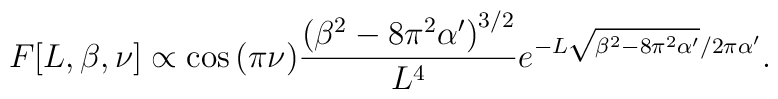
F[L,\beta,\nu] \propto \cos{(\pi\nu)} \frac{\left(\beta^2-8\pi^2\alpha'\right)^{3/2}}{L^4}e^{-L\sqrt{\beta^2-8\pi^2\alpha'}/2\pi \alpha'}.